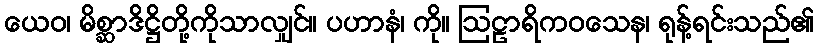
ယေဝ၊ မိစ္ဆာဒိဋ္ဌိတို့ကိုသာလျှင်။ ပဟာနံ၊ ကို။ ဩဠာရိကဝသေန၊ ရုန့်ရင်းသည်၏